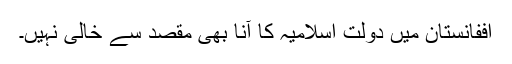
اففانستان میں دولت اسلامیہ کا آنا بھی مقصد سے خالی نہیں۔